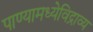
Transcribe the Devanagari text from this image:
पाण्यामध्येविद्राव्य